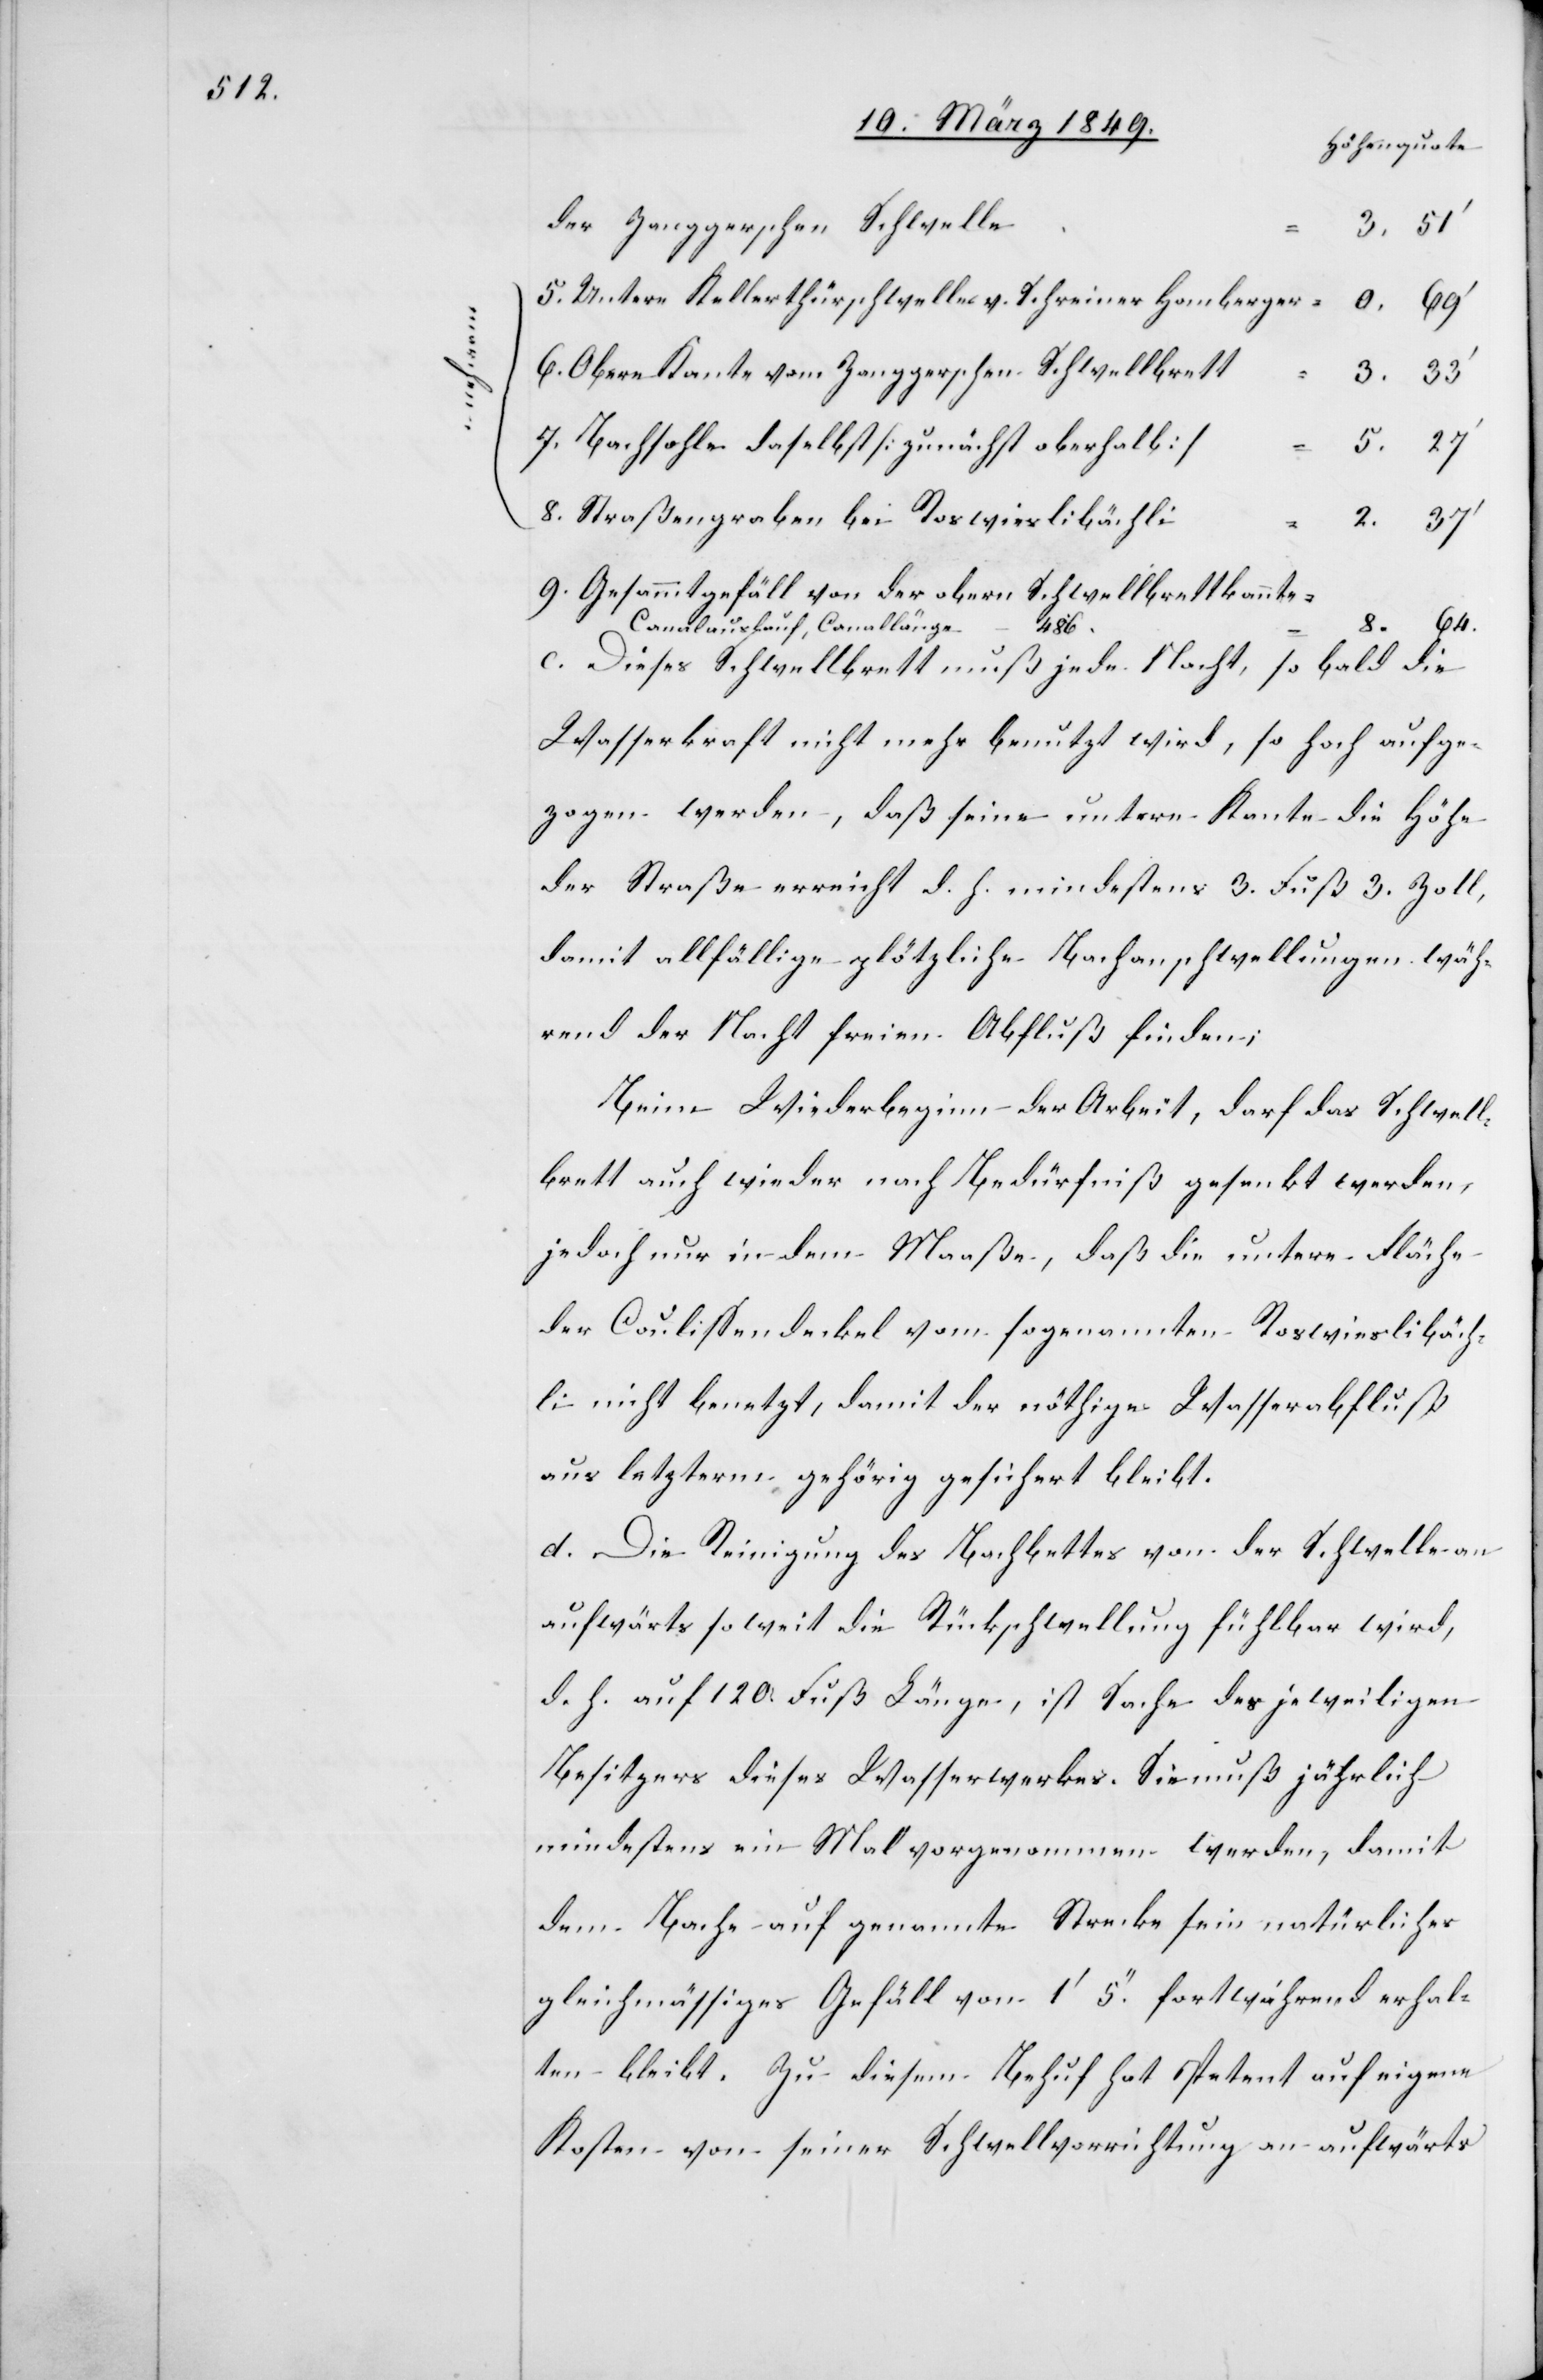
der Zanggerschen Schwelle
5. Untere Kellerthürschwelle v. Schreiner Homberger
6. Obere Kante vom Zanggerschen Schwellbrett
3.33’
7. Bachtolle daselbst [zunächst oberhalb]
5.27’
8.64.
8. Straßengraben bei Roswieslibächli
9. Gesammtgefäll von der obern Schwellbrettkannte
Canalauslauf, Canallänge 48’6.
c. Dieses Schwellbrett muß jede Nacht, so bald die
Wasserkraft nicht mehr benutzt wird, so hoch aufge¬
zogen werden, daß seine untere Kante die Höhe
der Straße erreicht d. h. mindestens 3. Fuß 3. Zoll,
damit allfällige plötzliche Bachanschwellungen wäh¬
rend der Nacht freien Abfluß finden;
Beim Wiederbeginn der Arbeit, darf das Schwell¬
brett auch wieder nach Bedürfniß gesenkt werden,
jedoch nur in dem Maaße, daß die untere Fläche
der Coulissendeckel vom sogenannten Roswieslibäch¬
li nicht benetzt, damit der nöthige Wasserabfluß
aus letzterm gehörig gesichert bleibt.
d. Die Reinigung des Bachbettes von der Schwelle an
aufwärts so weit die Rückschwellung fühlbar wird,
d. h. auf 120. Fuß Länge, ist Sache des jeweiligen
Besitzers dieses Wasserwerkes. Sie muß jährlich
mindestens ein Mal vorgenommen werden, damit
dem Bache auf genannte Strecke sein natürliches
gleichmässiges Gefäll von 1’ 5.’’ fortwährend erhal¬
ten bleibt. Zu diesem Behuf hat Petent auf eigene
Kosten von seiner Schwellvorrichtung an aufwärts